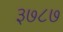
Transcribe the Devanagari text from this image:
३७८७